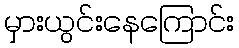
မှားယွင်းနေကြောင်း